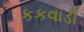
કકવાડી